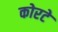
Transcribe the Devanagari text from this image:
कोरटे